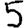
Digit: 5